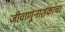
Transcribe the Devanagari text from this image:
जीवाणूनाशकांचा